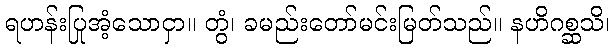
ရဟန်းပြုအံ့သောငှာ။ တွံ၊ ခမည်းတော်မင်းမြတ်သည်။ နဟိဂစ္ဆသိ၊